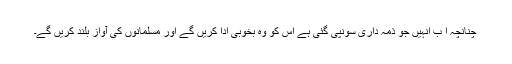
چنانچہ ا ب انہیں جو ذمہ داری سونپی گئی ہے اس کو وہ بخوبی ادا کریں گے اور مسلمانوں کی آواز بلند کریں گے۔